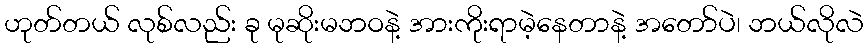
ဟုတ်တယ် လုစ်လည်း ခု မုဆိုးမဘဝနဲ့ အားကိုးရာမဲ့နေတာနဲ့ အတော်ပဲ၊ ဘယ်လိုလဲ